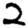
Digit: 2